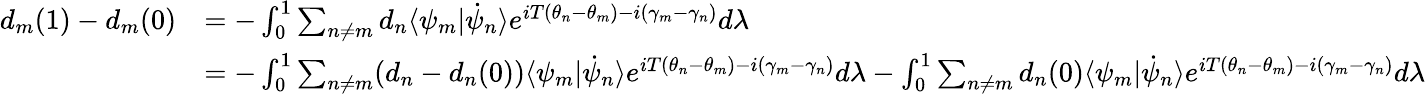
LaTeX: {\begin{array}{rl}{d_{m}(1)-d_{m}(0)}&{=-\int_{0}^{1}\sum_{n\neq m}d_{n}\langle\psi_{m}|{\dot{\psi}}_{n}\rangle e^{iT(\theta_{n}-\theta_{m})-i(\gamma_{m}-\gamma_{n})}d\lambda}\\ &{=-\int_{0}^{1}\sum_{n\neq m}(d_{n}-d_{n}(0))\langle\psi_{m}|{\dot{\psi}}_{n}\rangle e^{iT(\theta_{n}-\theta_{m})-i(\gamma_{m}-\gamma_{n})}d\lambda-\int_{0}^{1}\sum_{n\neq m}d_{n}(0)\langle\psi_{m}|{\dot{\psi}}_{n}\rangle e^{iT(\theta_{n}-\theta_{m})-i(\gamma_{m}-\gamma_{n})}d\lambda}\end{array}}